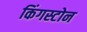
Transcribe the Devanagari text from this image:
किंगस्टोन